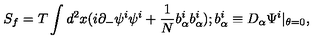
S _ { f } = T \int d ^ { 2 } x ( i \partial _ { - } \psi ^ { i } \psi ^ { i } + { \frac { 1 } { N } } b _ { \alpha } ^ { i } b _ { \alpha } ^ { i } ) ; b _ { \alpha } ^ { i } \equiv D _ { \alpha } \Psi ^ { i } | _ { \theta = 0 } ,